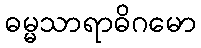
ဓမ္မသာရာဓိဂမော